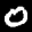
Label: 0